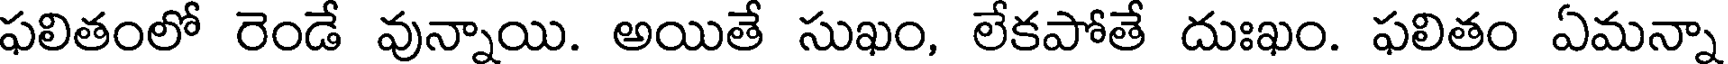
ఫలితంలో రెండే వున్నాయి. అయితే సుఖం, లేకపోతే దుఃఖం. ఫలితం ఏమన్నా